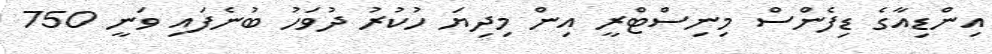
އިންޑިއާގެ ޑިފެންސް މިނިސްޓްރީ އިން މިދިޔަ ހުކުރު ދުވަހު ބުނެފައި ވަނީ 750